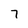
Character: 7